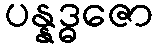
ပန္နဒ္ဓဇော